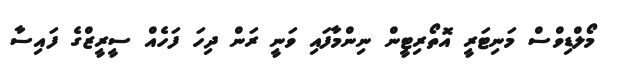
މޯލްޑިވްސް މަނިޓަރީ އޮތޯރިޓީން ނިންމާފައި ވަނީ ރަން ދިހަ ފަހެއް ސީރީޒްގެ ފައިސާ